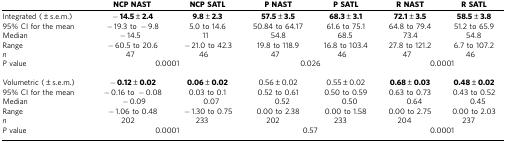
<table><thead><tr><td><b> </b></td><td><b>NCP NAST</b></td><td><b>NCP SATL</b></td><td><b>P NAST</b></td><td><b>P SATL</b></td><td><b>R NAST</b></td><td><b>R SATL</b></td></tr></thead><tbody><tr><td>Integrated (±s.e.m.)</td><td><b>−14.5±2.4</b></td><td><b>9.8±2.3</b></td><td><b>57.5±3.5</b></td><td><b>68.3±3.1</b></td><td><b>72.1±3.5</b></td><td><b>58.5±3.8</b></td></tr><tr><td>95% CI for the mean</td><td>−19.3 to −9.8</td><td>5.0 to 14.6</td><td>50.84 to 64.17</td><td>61.6 to 75.1</td><td>64.8 to 79.4</td><td>51.2 to 65.9</td></tr><tr><td>Median</td><td>−14.5</td><td>11</td><td>54.8</td><td>68.5</td><td>73.4</td><td>54.8</td></tr><tr><td>Range</td><td>−60.5 to 20.6</td><td>−21.0 to 42.3</td><td>19.8 to 118.9</td><td>16.8 to 103.4</td><td>27.8 to 121.2</td><td>6.7 to 107.2</td></tr><tr><td><i>n</i></td><td>47</td><td>46</td><td>47</td><td>46</td><td>47</td><td>46</td></tr><tr><td><i>P</i> value</td><td colspan="2">0.0001</td><td colspan="2">0.026</td><td colspan="2">0.0001</td></tr><tr><td> </td><td> </td><td> </td><td> </td><td> </td><td> </td><td> </td></tr><tr><td>Volumetric (±s.e.m.)</td><td><b>−0.12±0.02</b></td><td><b>0.06±0.02</b></td><td>0.56±0.02</td><td>0.55±0.02</td><td><b>0.68±0.03</b></td><td><b>0.48±0.02</b></td></tr><tr><td>95% CI for the mean</td><td>−0.16 to −0.08</td><td>0.03 to 0.1</td><td>0.52 to 0.61</td><td>0.50 to 0.59</td><td>0.63 to 0.73</td><td>0.43 to 0.52</td></tr><tr><td>Median</td><td>−0.09</td><td>0.07</td><td>0.52</td><td>0.50</td><td>0.64</td><td>0.45</td></tr><tr><td>Range</td><td>−1.06 to 0.48</td><td>−1.30 to 0.75</td><td>0.00 to 2.38</td><td>0.00 to 1.58</td><td>0.00 to 2.75</td><td>0.00 to 2.03</td></tr><tr><td><i>n</i></td><td>202</td><td>233</td><td>202</td><td>233</td><td>204</td><td>237</td></tr><tr><td><i>P</i> value</td><td colspan="2">0.0001</td><td colspan="2">0.57</td><td colspan="2">0.0001</td></tr></tbody></table>